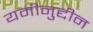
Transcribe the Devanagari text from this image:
यमीनुद्दीन